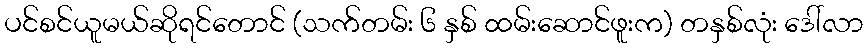
ပင်စင်ယူမယ်ဆိုရင်တောင် (သက်တမ်း ၆ နှစ် ထမ်းဆောင်ဖူးက) တနှစ်လုံး ဒေါ်လာ